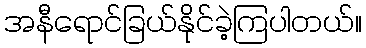
အနီရောင်ခြယ်နိုင်ခဲ့ကြပါတယ်။